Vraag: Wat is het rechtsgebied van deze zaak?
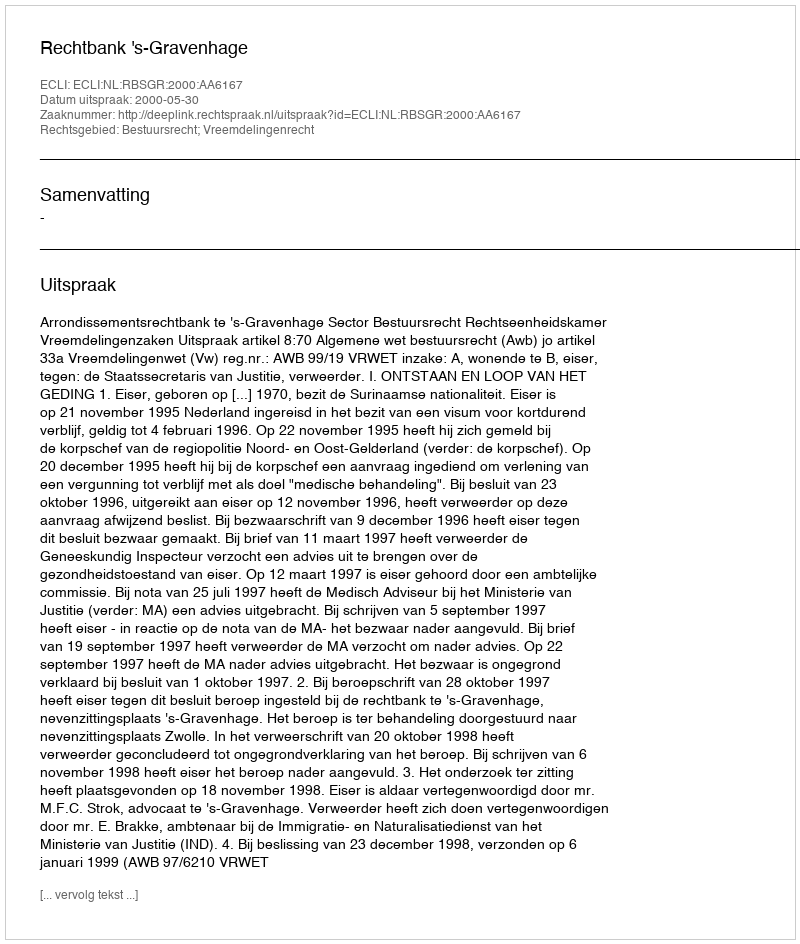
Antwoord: Bestuursrecht; Vreemdelingenrecht